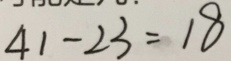
4 1 - 2 3 = 1 8